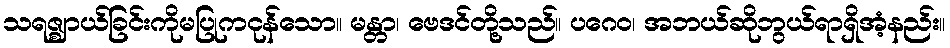
သရဇ္ဈာယ်ခြင်းကိုမပြုကငုန်သော။ မန္တာ၊ ဗေဒင်တို့သည်။ ပဂေဝ၊ အဘယ်ဆိုဘွယ်ရာရှိအံ့နည်း။